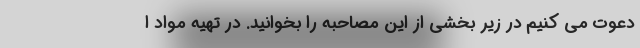
دعوت می کنیم در زیر بخشی از این مصاحبه را بخوانید. در تهیه مواد ا